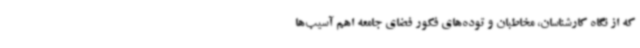
که از نگاه کارشناسان، مخاطبان و توده‌های فکور فضای جامعه اهم آسیب‌ها